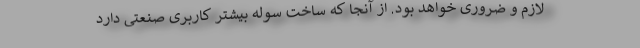
لازم و ضروری خواهد بود. از آنجا که ساخت سوله بیشتر کاربری صنعتی دارد